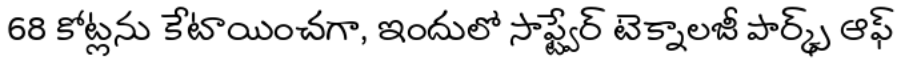
68 కోట్లను కేటాయించగా, ఇందులో సాఫ్ట్వేర్ టెక్నాలజీ పార్క్స్ ఆఫ్